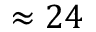
\approx 2 4